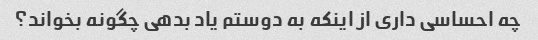
چه احساسی داری از اینکه به دوستم یاد بدهی چگونه بخواند؟